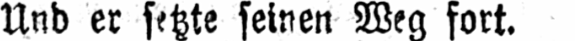
Und er setzte seinen Weg fort.